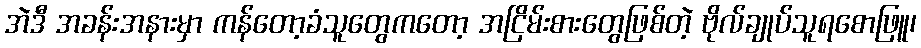
အဲဒီ အခန်းအနားမှာ ကန်တော့ခံသူတွေကတော့ အငြိမ်းစားတွေဖြစ်တဲ့ ဗိုလ်ချုပ်သူရစောဖြူ၊